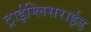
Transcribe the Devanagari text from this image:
ट्राईग्लिसराईड